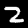
Digit: 2